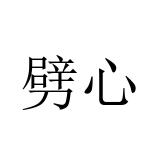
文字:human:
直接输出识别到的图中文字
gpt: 劈心